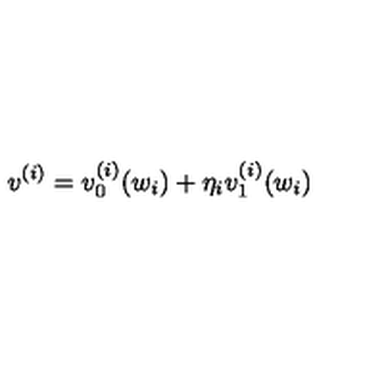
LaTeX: v ^ { ( i ) } = v _ { 0 } ^ { ( i ) } ( w _ { i } ) + \eta _ { i } v _ { 1 } ^ { ( i ) } ( w _ { i } )